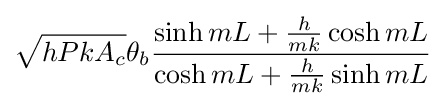
{\sqrt {hPkA_{c}}}\theta _{b}{\frac {\sinh {mL}+{\frac {h}{mk}}\cosh {mL}}{\cosh {mL}+{\frac {h}{mk}}\sinh {mL}}}